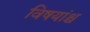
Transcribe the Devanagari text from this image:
विषयांश्च